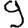
Digit: 9